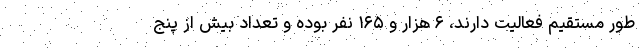
طور مستقیم فعالیت دارند، ۶ هزار و ۱۶۵ نفر بوده و تعداد بیش از پنج